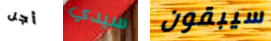
أجل سيدي سيبقون